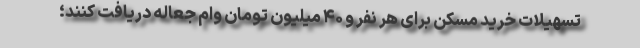
تسهیلات خرید مسکن برای هر نفر و ۴۰ میلیون تومان وام جعاله دریافت کنند؛